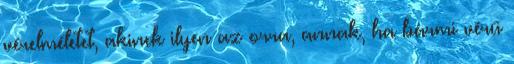
vérelméletet, akinek ilyen az orra, annak, ha bármi vérű